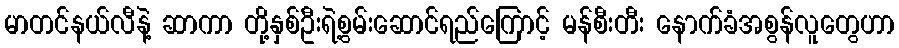
မာတင်နယ်လီနဲ့ ဆာကာ တို့နှစ်ဦးရဲ့စွမ်းဆောင်ရည်ကြောင့် မန်စီးတီး နောက်ခံအစွန်လူတွေဟာ